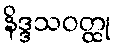
နိဒ္ဒသဝတ္ထု